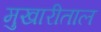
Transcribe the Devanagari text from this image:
मुखारीताल